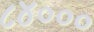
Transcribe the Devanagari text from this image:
८४०००